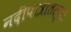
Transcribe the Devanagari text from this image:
नदीपात्रातल्या